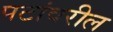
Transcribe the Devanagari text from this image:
पटांवरील